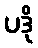
ပဒို